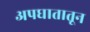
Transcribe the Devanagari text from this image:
अपघातातून